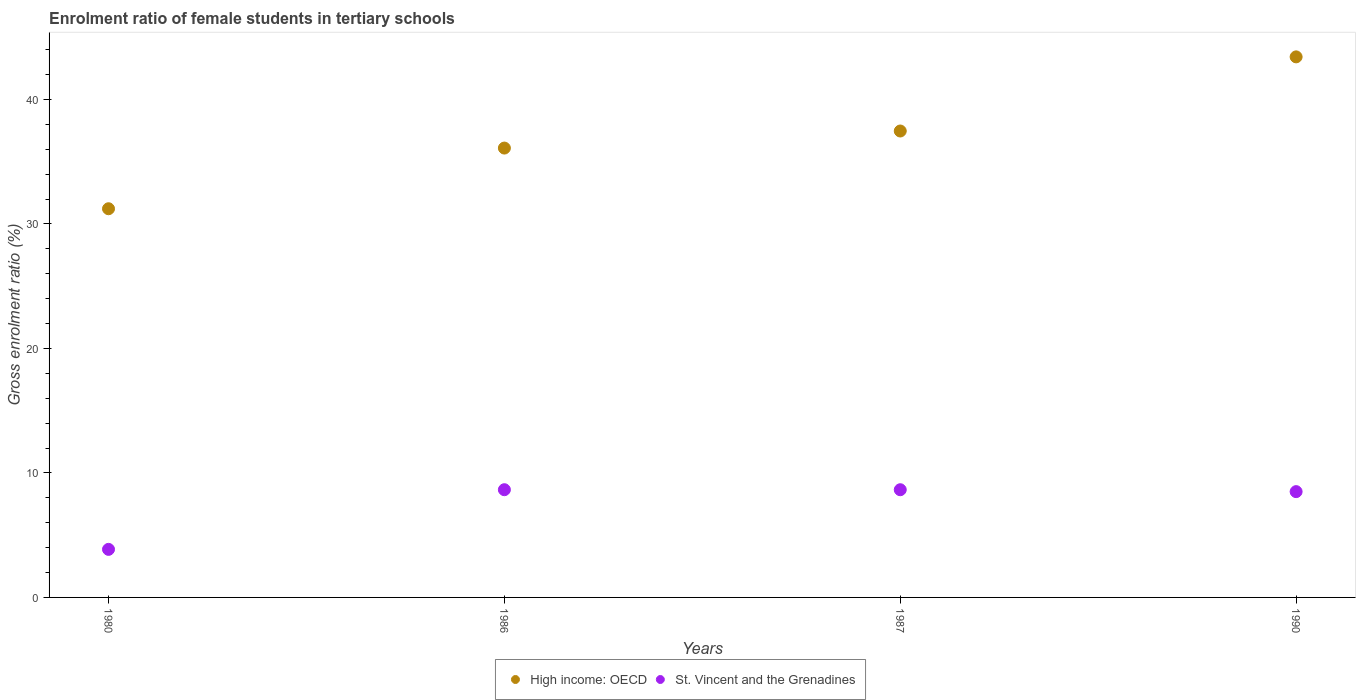
| Years | High income: OECD | St. Vincent and the Grenadines |
 | --- | --- | --- |
 | 1980 | 31.2 | 3.86 |
 | 1986 | 36.1 | 8.65 |
 | 1987 | 37.5 | 8.65 |
 | 1990 | 43.4 | 8.5 |